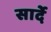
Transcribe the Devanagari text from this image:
सार्दे